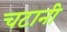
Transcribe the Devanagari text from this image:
चटानी